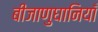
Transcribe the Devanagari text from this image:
बीजाणुघानियाँ